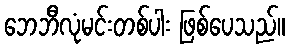
ဘေဘီလုံမင်းတစ်ပါး ဖြစ်ပေသည်။